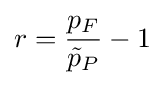
r={\frac {p_{F}}{{\tilde {p}}_{P}}}-1